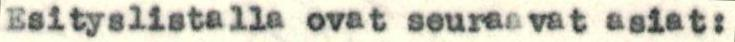
Esityslistalla ovat seuraavat asiat: